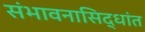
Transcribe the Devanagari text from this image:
संभावनासिद्धांत